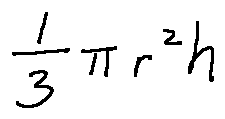
\frac { 1 } { 3 } \pi r ^ { 2 } h